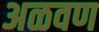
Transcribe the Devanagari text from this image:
अळवण